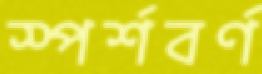
স্পর্শবর্ণ